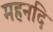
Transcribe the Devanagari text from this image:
महनदि